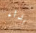
بداء